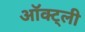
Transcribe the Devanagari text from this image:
ऑक्ट्ली